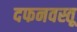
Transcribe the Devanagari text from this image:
दफनवस्तू